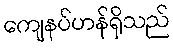
ကျေနပ်ဟန်ရှိသည်